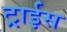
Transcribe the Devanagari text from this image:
ट्राईस